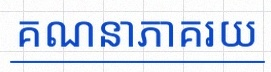
គណនាភាគរយ